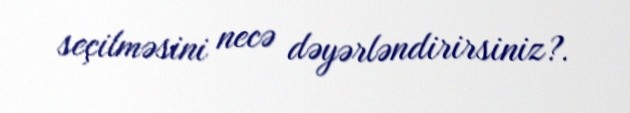
seçilməsini necə dəyərləndirirsiniz?.